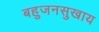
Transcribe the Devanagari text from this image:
बहुजनसुखाय